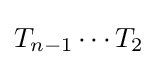
T_{n-1}\cdots T_{2}